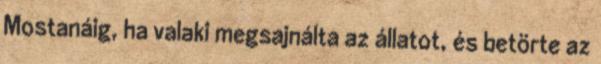
Mostanáig, ha valaki megsajnálta az állatot, és betörte az